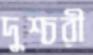
দুশ্চরী